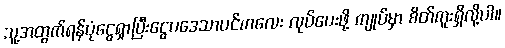
သူ့အတွက်ရန်ပုံငွေရှာပြီးငွေပဒေသာပင်ကလေး လုပ်ပေးဖို့ ကျုပ်မှာ စိတ်ကူးရှိလို့ပါ။